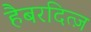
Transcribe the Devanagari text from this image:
हैबरदित्ज़